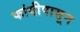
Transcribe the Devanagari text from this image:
फांदीपासून